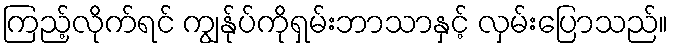
ကြည့်လိုက်ရင် ကျွန်ုပ်ကိုရှမ်းဘာသာနှင့် လှမ်းပြောသည်။